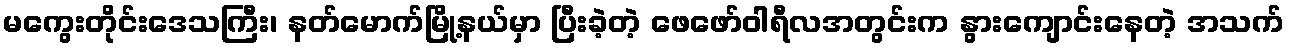
မကွေးတိုင်းဒေသကြီး၊ နတ်မောက်မြို့နယ်မှာ ပြီးခဲ့တဲ့ ဖေဖော်ဝါရီလအတွင်းက နွားကျောင်းနေတဲ့ အသက်